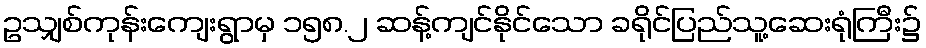
ဥသျှစ်ကုန်းကျေးရွာမှ ၁၅၈.၂ ဆန့်ကျင်နိုင်သော ခရိုင်ပြည်သူ့ဆေးရုံကြီး၌